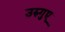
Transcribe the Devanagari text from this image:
उरुगुए